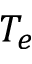
T _ { e }